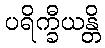
ပရိက္ခီယန္တိ